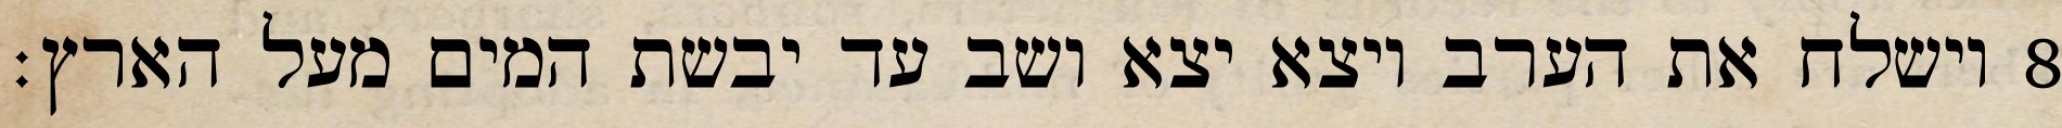
וישלח את הערב ויצא יצא ושב עד יבשת המים מעל הארץ׃ ‎8‏